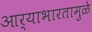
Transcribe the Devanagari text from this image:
आर्याभारतामुळे